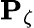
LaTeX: \mathbf{P}_{\zeta}